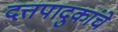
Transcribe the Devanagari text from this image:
दत्तपादुकांचे